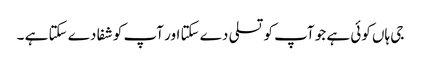
جی ہاں کوئی ہے جو آپ کو تسلی دے سکتا اور آپ کو شفا دے سکتا ہے ۔